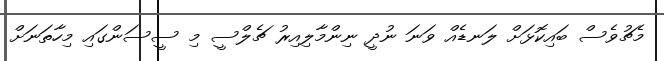
މެޗުވެސް ބައިކޮޅަށް ލަނޑެއް ވަނަ ނުދީ ނިންމާލިއިރު ޗެލްސީ މި ސީސަންގައި މިހާތަނަށް